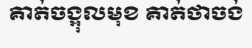
គាត់ចង្អុលមុខ គាត់ថាចង់